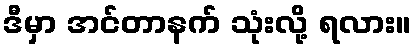
ဒီမှာ အင်တာနက် သုံးလို့ ရလား။